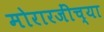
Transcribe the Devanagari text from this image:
मोरारजींच्या